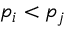
p _ { i } < p _ { j }